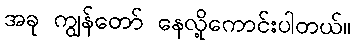
အခု ကျွန်တော် နေလို့ကောင်းပါတယ်။